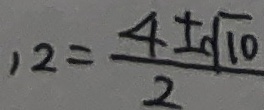
1 2 = \frac { 4 \pm \sqrt { 1 0 } } { 2 }